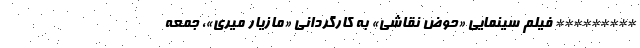
********* فیلم سینمایی «حوض نقاشی» به کارگردانی «مازیار میری»، جمعه